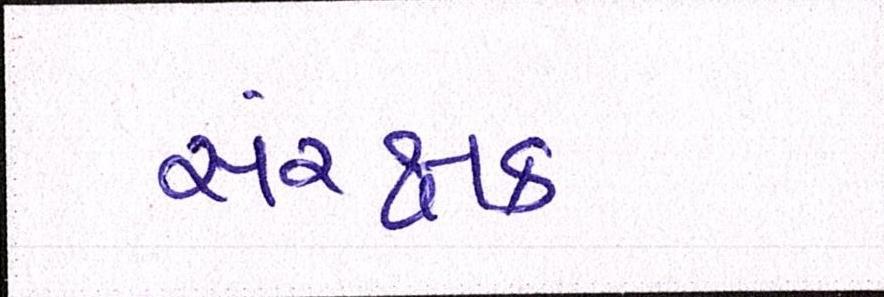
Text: સંરક્ષક